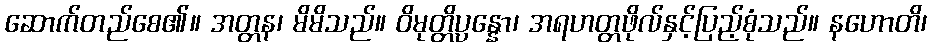
ဆောက်တည်စေ၏။ အတ္တန၊ မိမိသည်။ ဝိမုတ္တိပ္ပန္နော၊ အရဟတ္တဖိုလ်နှင့်ပြည့်စုံသည်။ နဟောတိ၊